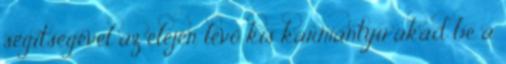
segítségével az elején lévő kis karmantyú akad be a